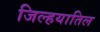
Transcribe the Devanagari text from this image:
जिल्हयातिल